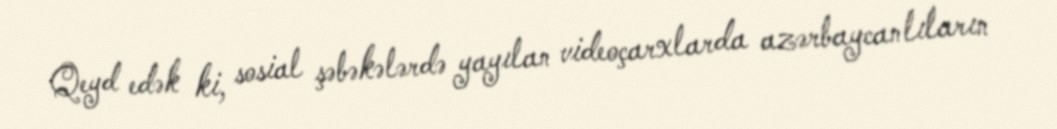
Qeyd edək ki, sosial şəbəkələrdə yayılan videoçarxlarda azərbaycanlıların